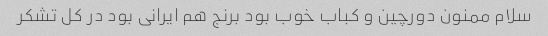
سلام ممنون دورچین و کباب خوب بود برنج هم ایرانی بود در کل تشکر